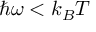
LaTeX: \hbar \omega < k _ { B } T